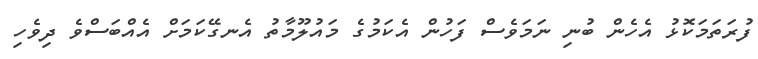
ފުރަތަމަކޮޅު އެހެން ބުނި ނަމަވެސް ފަހުން އެކަމުގެ މައުލޫމާތު އެނގޭކަމަށް އެއްބަސްވެ ދިވެހި